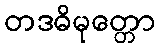
တဒဓိမုတ္တော